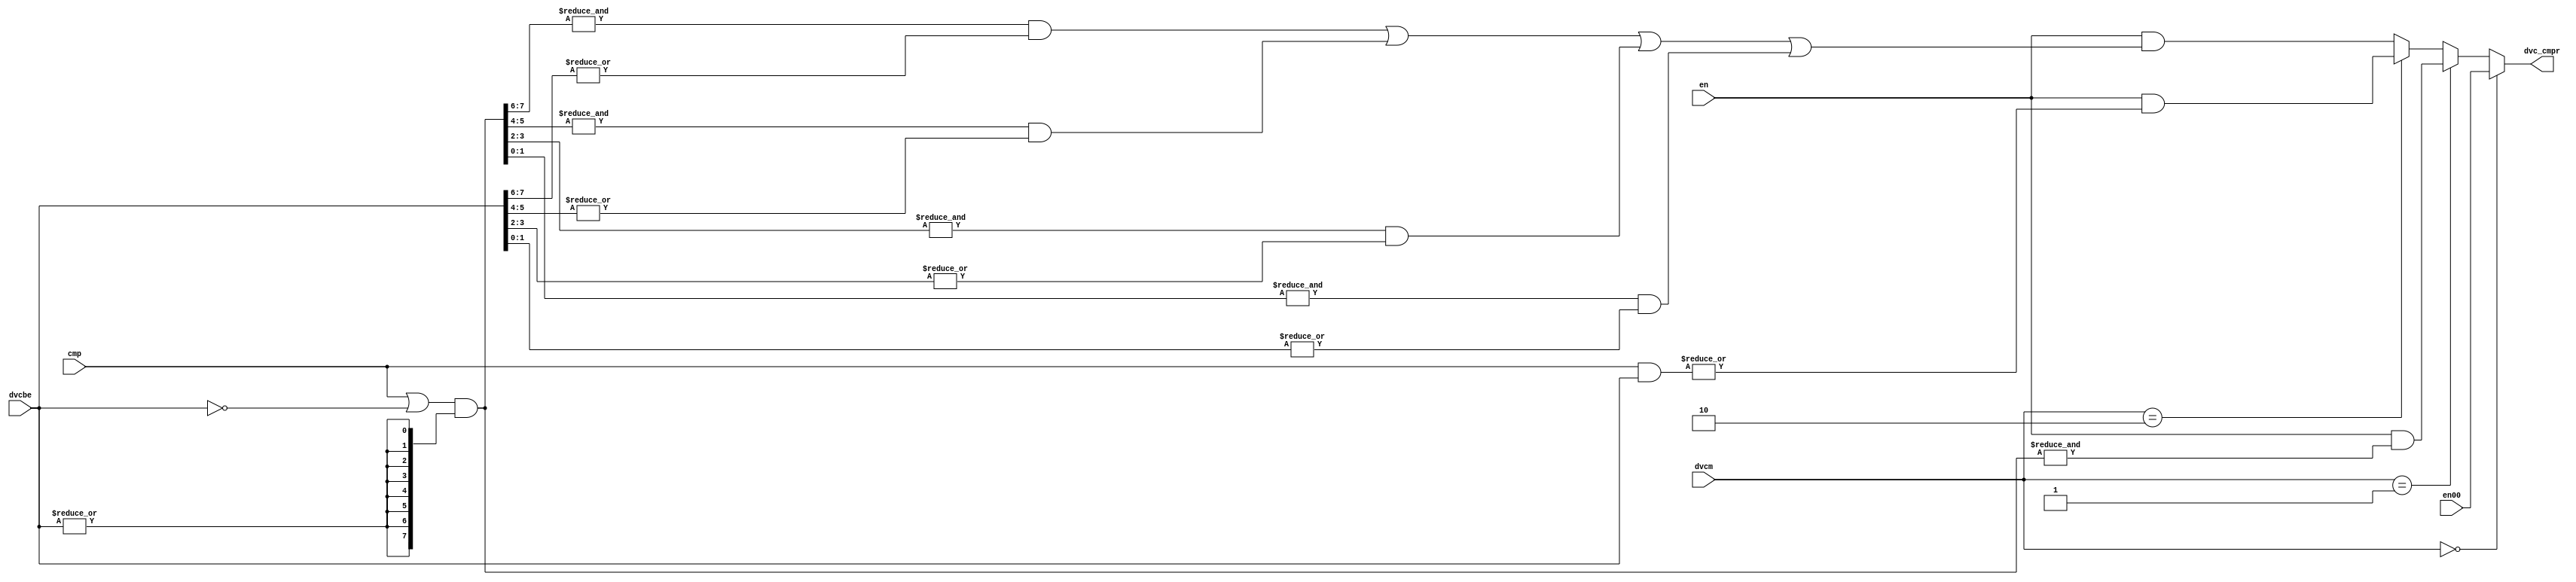
module lq_spr_dvccmp(
   en,
   en00,
   cmp,
   dvcm,
   dvcbe,
   dvc_cmpr
);

//-------------------------------------------------------------------
// Generics
//-------------------------------------------------------------------
parameter			    REGSIZE = 64;

input			        en;
input			        en00;
input [8-(REGSIZE/8):7]	cmp;
input [0:1]			    dvcm;
input [8-(REGSIZE/8):7]	dvcbe;
output			        dvc_cmpr;

// Signals
wire [8-(REGSIZE/8):7]	cmp_mask_or;
wire [8-(REGSIZE/8):7]	cmp_mask_and;
wire				    cmp_and;
wire				    cmp_or;
wire				    cmp_andor;

assign cmp_mask_or = (cmp | (~dvcbe)) & {(REGSIZE/8){|(dvcbe)}};
assign cmp_mask_and = (cmp & dvcbe);

assign cmp_and = &(cmp_mask_or);

assign cmp_or = |(cmp_mask_and);

generate
  if (REGSIZE == 32) begin : cmp_andor_gen32
 	 assign cmp_andor = (&(cmp_mask_or[4:5]) & |(dvcbe[4:5])) |
 	                    (&(cmp_mask_or[6:7]) & |(dvcbe[6:7]));
  end
endgenerate

generate
  if (REGSIZE == 64) begin : cmp_andor_gen64
 	 assign cmp_andor = (&(cmp_mask_or[0:1]) & |(dvcbe[0:1])) |
 	                    (&(cmp_mask_or[2:3]) & |(dvcbe[2:3])) |
 	                    (&(cmp_mask_or[4:5]) & |(dvcbe[4:5])) |
 	                    (&(cmp_mask_or[6:7]) & |(dvcbe[6:7]));
  end
endgenerate

assign dvc_cmpr = (dvcm[0:1] == 2'b00) ?  en00          :
                  (dvcm[0:1] == 2'b01) ? (en & cmp_and) :
                  (dvcm[0:1] == 2'b10) ? (en & cmp_or)  :
                                         (en & cmp_andor);

endmodule